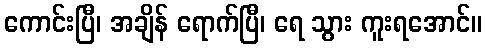
ကောင်းပြီ၊ အချိန် ရောက်ပြီ၊ ရေ သွား ကူးရအောင်။